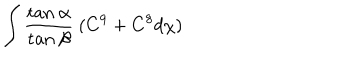
\int \frac { \mathrm { t a n } ~ \alpha } { \mathrm { t a n } ~ \beta } ~ ( C ^ { 9 } + C ^ { 8 } d \chi )